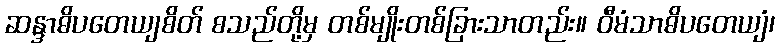
ဆန္ဒာဓိပတေယျစိတ် စသည်တို့မှ တစ်မျိုးတစ်ခြားသာတည်း။ ဝီမံသာဓိပတေယျံ၊